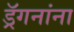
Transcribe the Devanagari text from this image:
ड्रॅगनांना